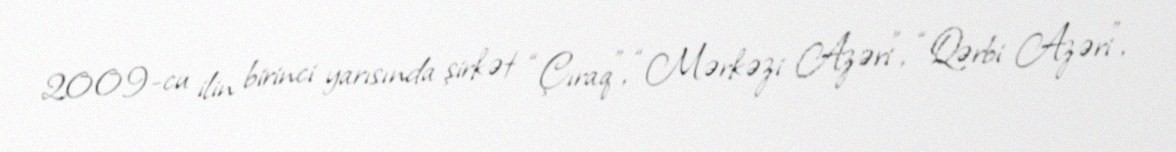
2009-cu ilin birinci yarısında şirkət “Çıraq”, “Mərkəzi Azəri”, “Qərbi Azəri”,